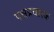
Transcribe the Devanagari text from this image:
पक्षप्रचारक